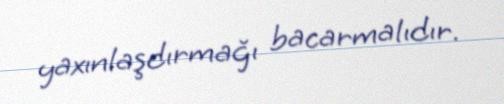
yaxınlaşdırmağı bacarmalıdır.